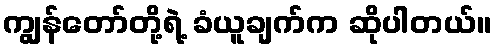
ကျွန်တော်တို့ရဲ့ ခံယူချက်က ဆိုပါတယ်။